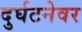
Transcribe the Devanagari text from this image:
दुर्घटनेवर